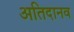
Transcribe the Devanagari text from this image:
अतिदानव